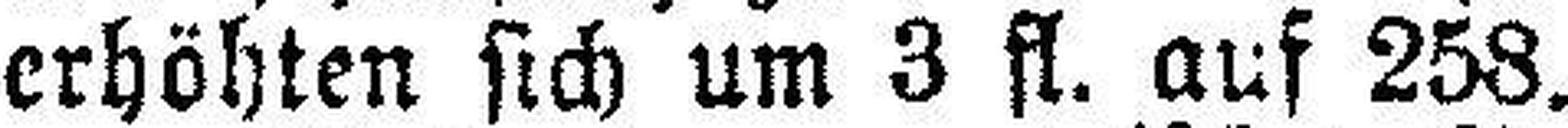
erhöhten sich um 3 fl. auf 258.